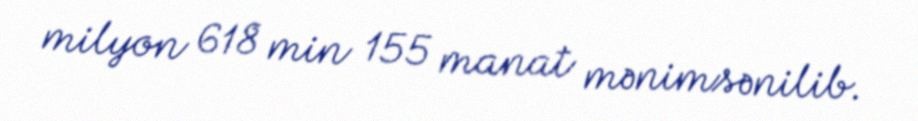
milyon 618 min 155 manat mənimsənilib.